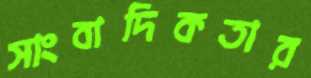
সাংবাদিকতার